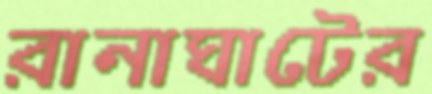
রানাঘাটের